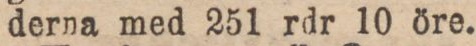
derna med 251 rdr 10 öre.